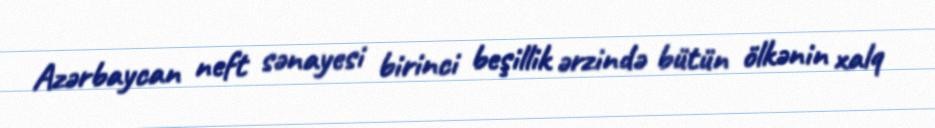
Azərbaycan neft sənayesi birinci beşillik ərzində bütün ölkənin xalq